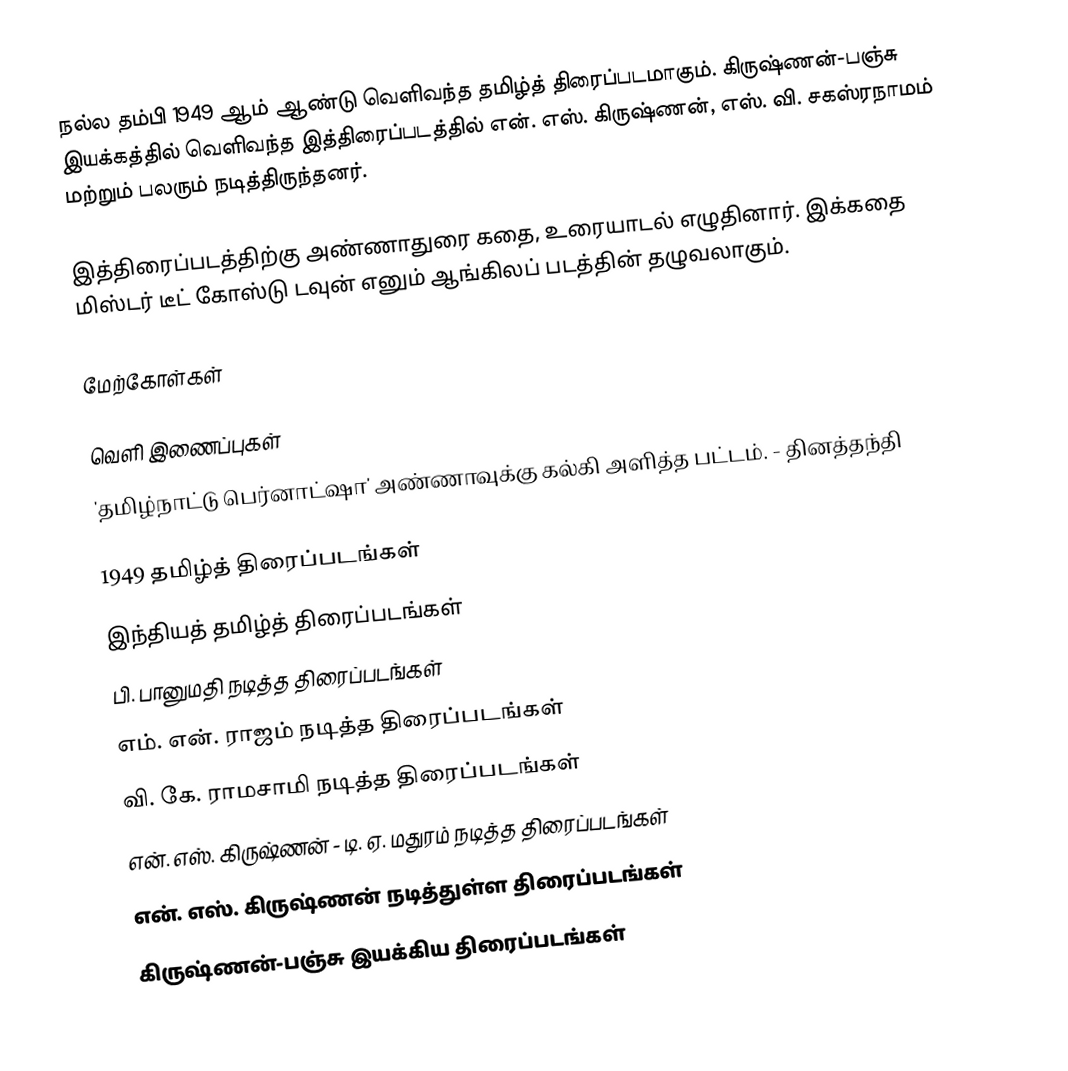
நல்ல தம்பி 1949 ஆம் ஆண்டு வெளிவந்த தமிழ்த் திரைப்படமாகும். கிருஷ்ணன்-பஞ்சு இயக்கத்தில் வெளிவந்த இத்திரைப்படத்தில் என். எஸ். கிருஷ்ணன், எஸ். வி. சகஸ்ரநாமம் மற்றும் பலரும் நடித்திருந்தனர்.

இத்திரைப்படத்திற்கு அண்ணாதுரை கதை, உரையாடல் எழுதினார். இக்கதை மிஸ்டர் டீட் கோஸ்டு டவுன் எனும் ஆங்கிலப் படத்தின் தழுவலாகும்.

மேற்கோள்கள்

வெளி இணைப்புகள்
 'தமிழ்நாட்டு பெர்னாட்ஷா' அண்ணாவுக்கு கல்கி அளித்த பட்டம். - தினத்தந்தி

1949 தமிழ்த் திரைப்படங்கள்
இந்தியத் தமிழ்த் திரைப்படங்கள்
பி. பானுமதி நடித்த திரைப்படங்கள்
எம். என். ராஜம் நடித்த திரைப்படங்கள்
வி. கே. ராமசாமி நடித்த திரைப்படங்கள்
என். எஸ். கிருஷ்ணன் - டி. ஏ. மதுரம் நடித்த திரைப்படங்கள்
என். எஸ். கிருஷ்ணன் நடித்துள்ள திரைப்படங்கள்
கிருஷ்ணன்-பஞ்சு இயக்கிய திரைப்படங்கள்